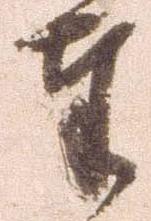
奉